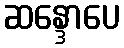
ဆန္ဒောပေ